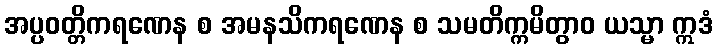
အပ္ပဝတ္တိကရဏေန စ အမနသိကရဏေန စ သမတိက္ကမိတွာဝ ယသ္မာ ဣဒံ